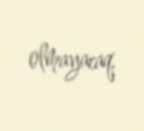
olmayacaq.